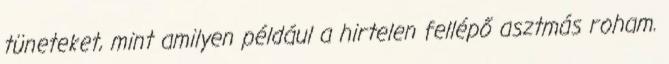
tüneteket, mint amilyen például a hirtelen fellépő asztmás roham.